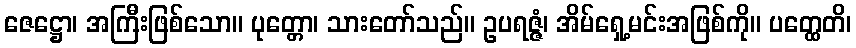
ဇေဋ္ဌော၊ အကြီးဖြစ်သော။ ပုတ္တော၊ သားတော်သည်။ ဥပရဇ္ဇံ၊ အိမ်ရှေ့မင်းအဖြစ်ကို။ ပတ္ထေတိ၊